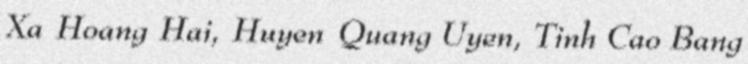
Xa Hoang Hai, Huyen Quang Uyen, Tinh Cao Bang